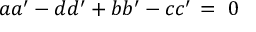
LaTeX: a a ^ { \prime } - d d ^ { \prime } + b b ^ { \prime } - c c ^ { \prime } \, = \, \, 0 \nonumber